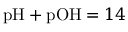
\mathrm { p H } + \mathrm { p O H } = 1 4